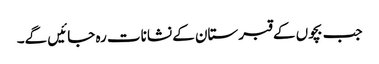
جب بچوں کے قبرستان کے نشانات رہ جائیں گے۔